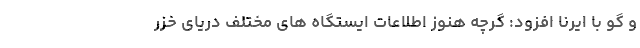
و گو با ایرنا افزود: گرچه هنوز اطلاعات ایستگاه های مختلف دریای خزر